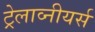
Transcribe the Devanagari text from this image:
ट्रेलाव्नीयर्स